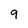
Character: 9